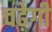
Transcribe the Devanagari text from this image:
चढ़ेगी